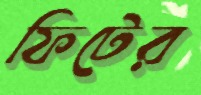
ফিটের